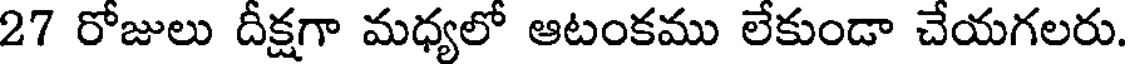
27 రోజులు దీక్షగా మధ్యలో ఆటంకము లేకుండా చేయగలరు